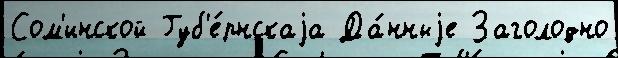
Сом'инской Губ'е́рнскаjа Да́нныjе Заголодно